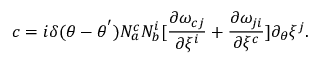
c = i { \delta } ( \theta - { \theta } ^ { ' } ) N _ { a } ^ { c } N _ { b } ^ { i } [ \frac { { \partial } { \omega } _ { c j } } { { \partial { \xi } ^ { i } } } + \frac { { \partial } { \omega } _ { j i } } { { \partial { \xi } ^ { c } } } ] \partial _ { \theta } { \xi } ^ { j } .